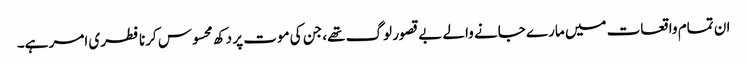
ان تمام واقعات میں مارے جانے والے بے قصور لوگ تھے، جن کی موت پر دکھ محسوس کرنا فطری امر ہے۔